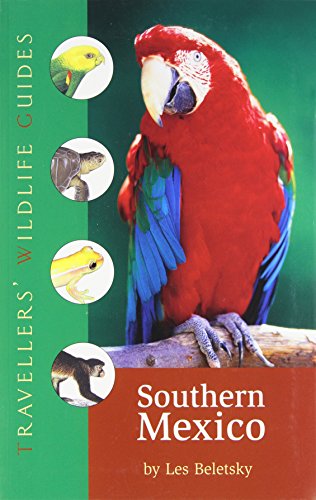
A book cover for Southern Mexico: The Cancun Region, Yucatan Pininsula, Oaxaca, Chiapas, and Tabasco (Travellers' Wildlife Guides); Les Beletsky; Travel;